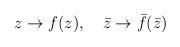
LaTeX: \begin{align*}z\rightarrow f(z), \quad \bar{z} \rightarrow \bar{f}(\bar{z})\end{align*}